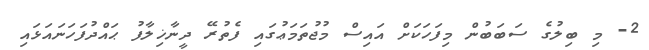
2- މި ބިލުގެ ސަބަބުން މިފަހަކަށް އައިސް މުޖުތަމަޢުގައި ފެތުރޭ ދީނާޚިލާފު ޙައްދުފަހަނައަޅައި